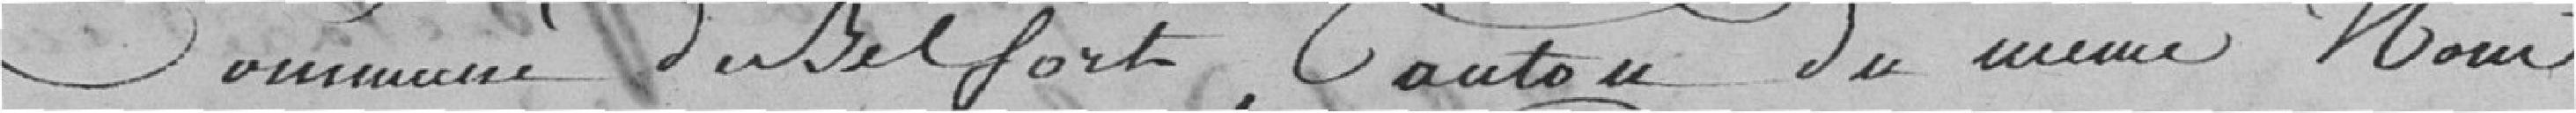
Commune de Belfort, canto du même nom